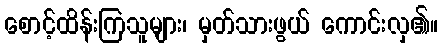
စောင့်ထိန်းကြသူများ၊ မှတ်သားဖွယ် ကောင်းလှ၏။